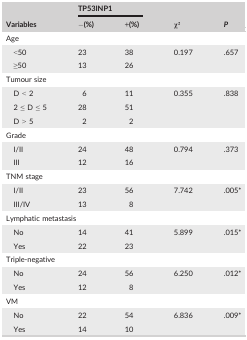
<table><thead><tr><td rowspan="2"><b>Variables</b></td><td colspan="2"><b>TP53INP1</b></td><td rowspan="2"><b>χ2</b></td><td rowspan="2"><b><i>P</i></b></td></tr><tr><td><b>−(%)</b></td><td><b>+(%)</b></td></tr></thead><tbody><tr><td colspan="5">Age</td></tr><tr><td>&lt;50</td><td>23</td><td>38</td><td rowspan="2">0.197</td><td rowspan="2">.657</td></tr><tr><td>≥50</td><td>13</td><td>26</td></tr><tr><td colspan="5">Tumour size</td></tr><tr><td>D &lt; 2</td><td>6</td><td>11</td><td rowspan="3">0.355</td><td rowspan="3">.838</td></tr><tr><td>2 ≤ D ≤ 5</td><td>28</td><td>51</td></tr><tr><td>D &gt; 5</td><td>2</td><td>2</td></tr><tr><td colspan="5">Grade</td></tr><tr><td>I/II</td><td>24</td><td>48</td><td rowspan="2">0.794</td><td rowspan="2">.373</td></tr><tr><td>III</td><td>12</td><td>16</td></tr><tr><td colspan="5">TNM stage</td></tr><tr><td>I/II</td><td>23</td><td>56</td><td rowspan="2">7.742</td><td rowspan="2">.005a</td></tr><tr><td>III/IV</td><td>13</td><td>8</td></tr><tr><td colspan="5">Lymphatic metastasis</td></tr><tr><td>No</td><td>14</td><td>41</td><td rowspan="2">5.899</td><td rowspan="2">.015a</td></tr><tr><td>Yes</td><td>22</td><td>23</td></tr><tr><td colspan="5">Triple‐negative</td></tr><tr><td>No</td><td>24</td><td>56</td><td rowspan="2">6.250</td><td rowspan="2">.012a</td></tr><tr><td>Yes</td><td>12</td><td>8</td></tr><tr><td colspan="5">VM</td></tr><tr><td>No</td><td>22</td><td>54</td><td rowspan="2">6.836</td><td rowspan="2">.009a</td></tr><tr><td>Yes</td><td>14</td><td>10</td></tr></tbody></table>